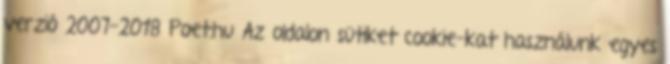
verzió 2007-2018 Poet.hu Az oldalon sütiket cookie-kat használunk egyes